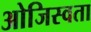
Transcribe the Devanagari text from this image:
ओजिस्वता